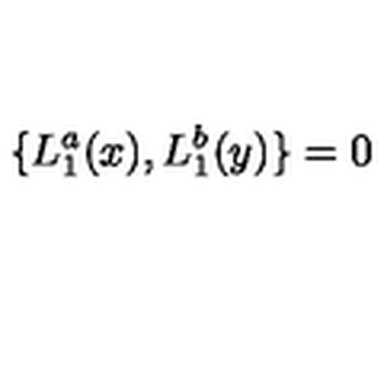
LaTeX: \{ L _ { 1 } ^ { a } ( x ) , L _ { 1 } ^ { b } ( y ) \} = 0